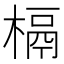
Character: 槅